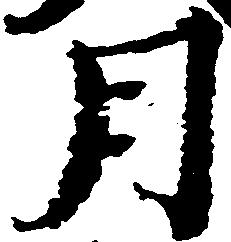
月